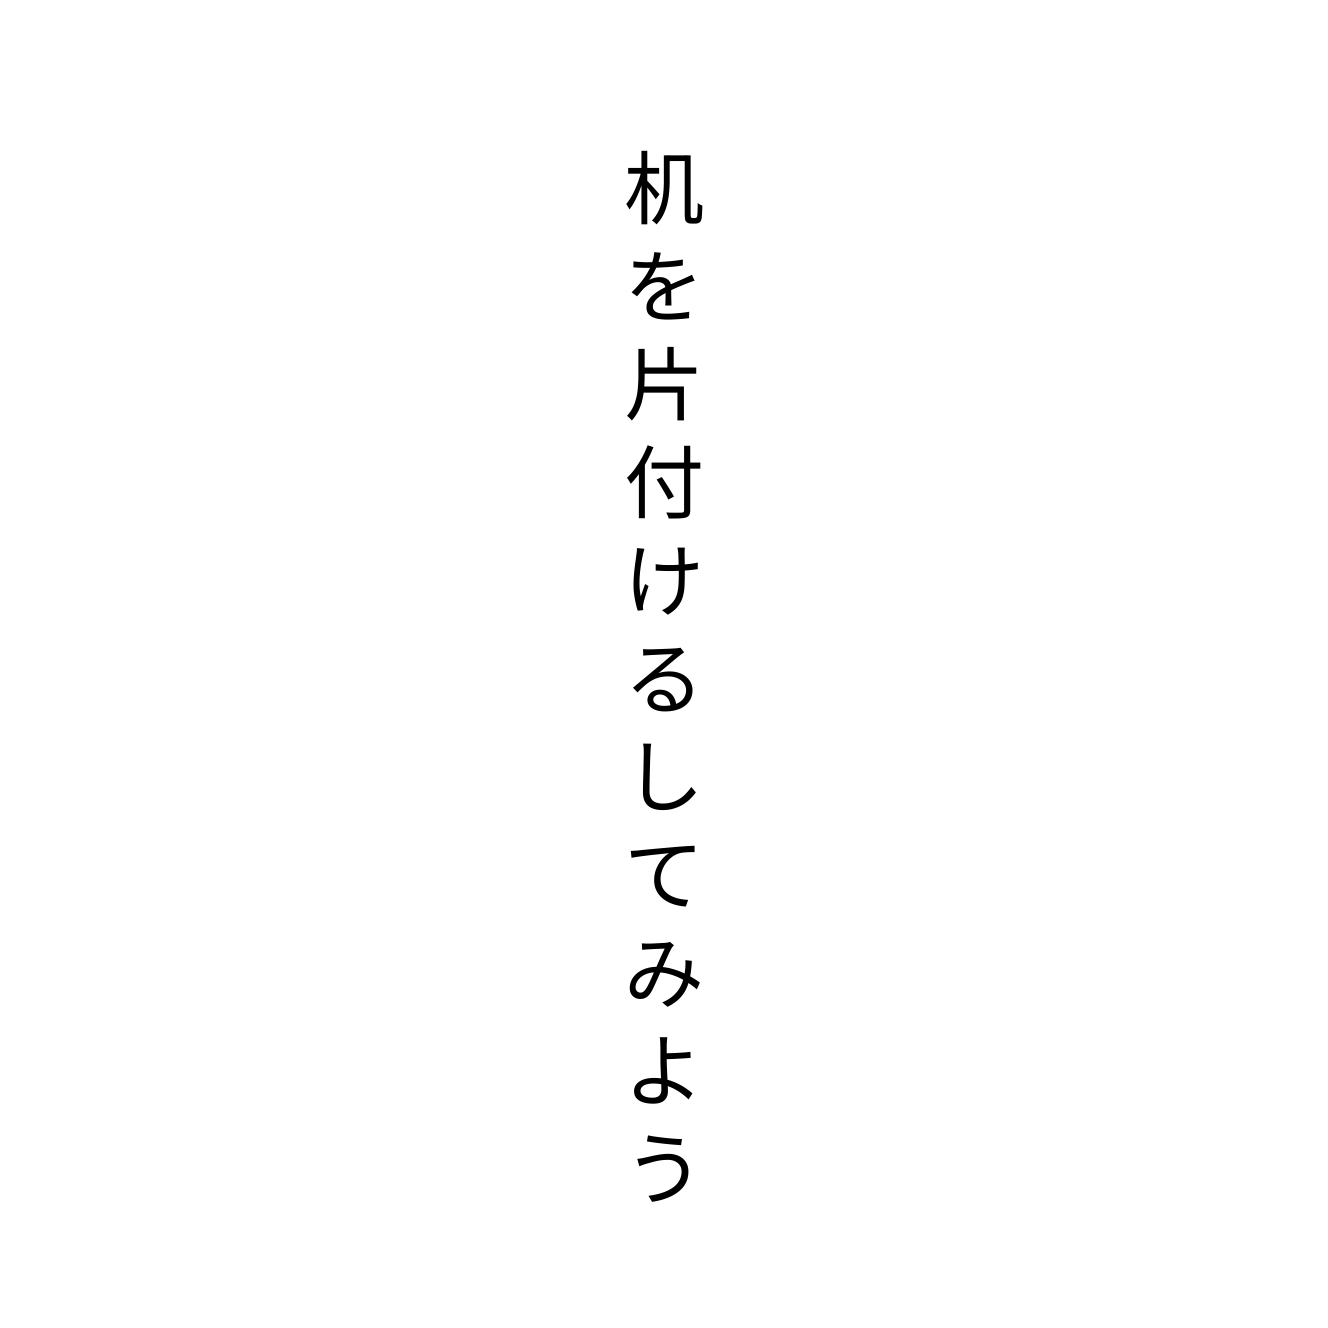
机を片付けるしてみよう